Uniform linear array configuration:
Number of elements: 24
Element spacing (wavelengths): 1
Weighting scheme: cosine
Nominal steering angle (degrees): -60
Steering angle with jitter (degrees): -59.439
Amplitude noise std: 0.05
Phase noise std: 0.05

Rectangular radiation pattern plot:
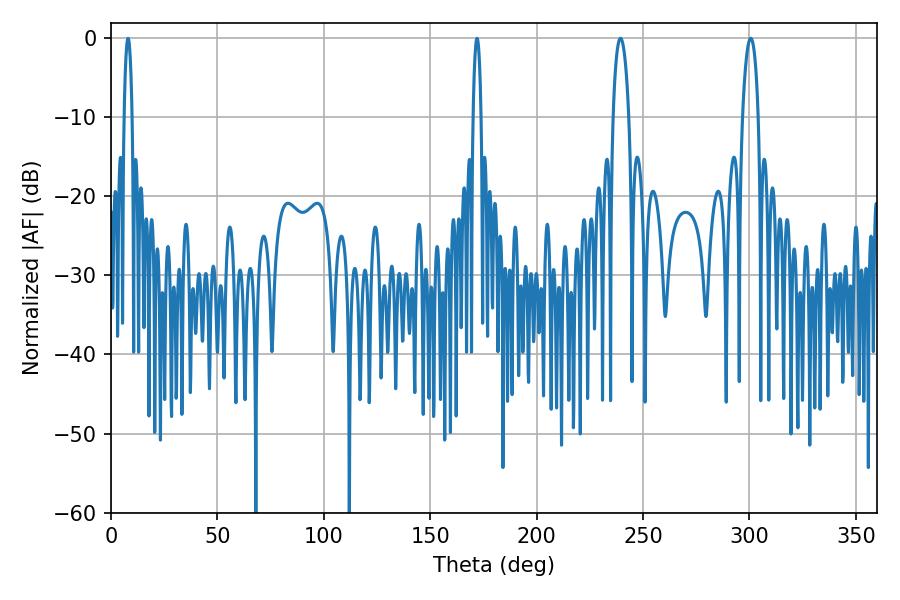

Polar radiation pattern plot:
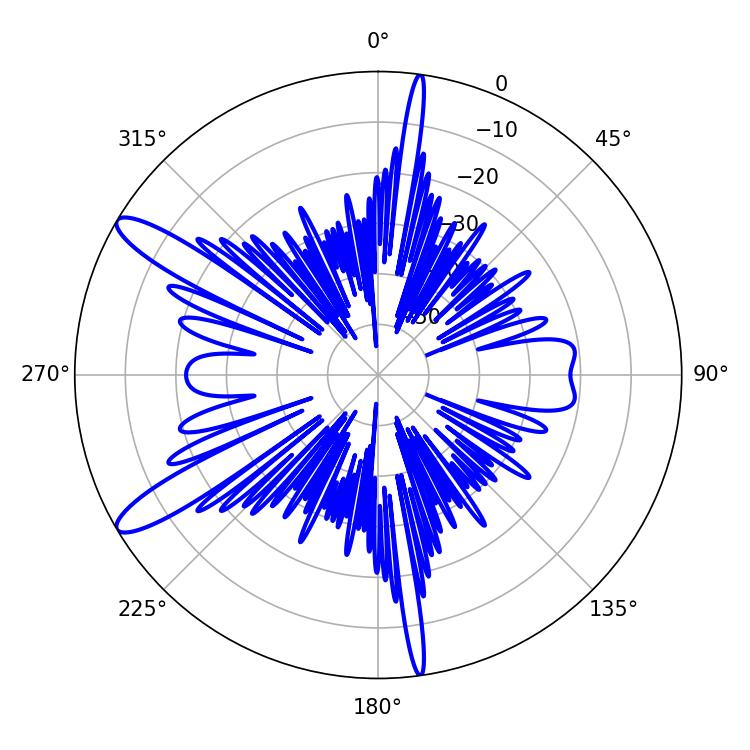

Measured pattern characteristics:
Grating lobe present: TRUE
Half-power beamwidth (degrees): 4.14
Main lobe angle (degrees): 300.6